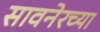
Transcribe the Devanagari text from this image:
सावनेरच्या